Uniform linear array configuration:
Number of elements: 64
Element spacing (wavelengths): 0.75
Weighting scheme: hann
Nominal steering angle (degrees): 30
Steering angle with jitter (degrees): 28.425
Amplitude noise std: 0.05
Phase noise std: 0.05

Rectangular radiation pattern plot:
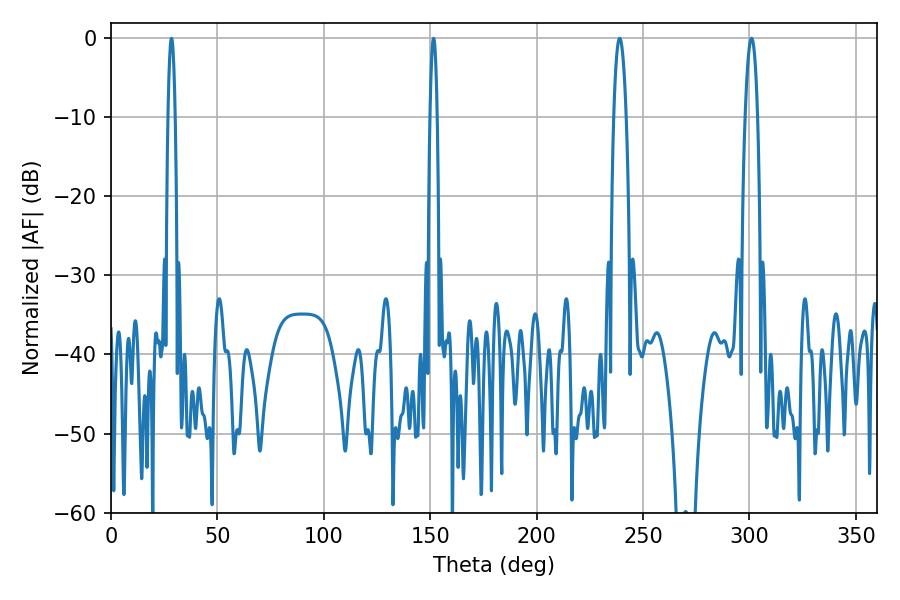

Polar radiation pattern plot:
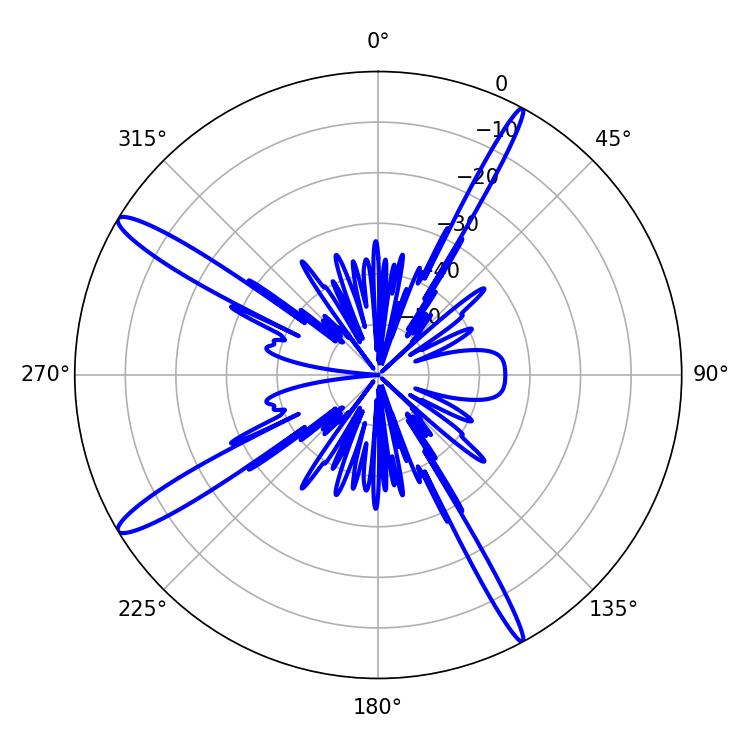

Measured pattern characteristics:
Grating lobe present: TRUE
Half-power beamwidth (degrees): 1.8
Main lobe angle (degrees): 151.56